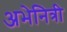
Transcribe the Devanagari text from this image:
अभेनित्री